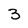
Character: 3